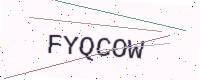
Text: FYQCOW